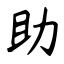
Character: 助